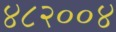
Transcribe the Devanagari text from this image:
४८२००४